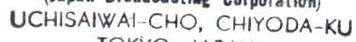
UCHISAIWAI-CHO, CHIYODA-KU